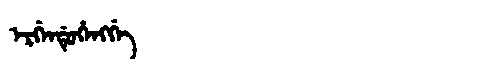
Manchu: ᡝᡵᡤᡝᠨᡩᡠᡥᡝᠩᡤᡝ
Romanization: ERGENDUHENGGE